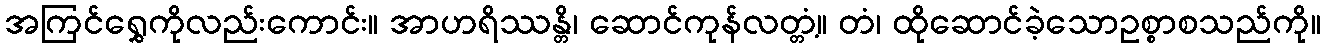
အကြင်ရွှေကိုလည်းကောင်း။ အာဟရိဿန္တိ၊ ဆောင်ကုန်လတ္တံ့။ တံ၊ ထိုဆောင်ခဲ့သောဥစ္စာစသည်ကို။